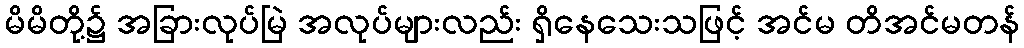
မိမိတို့၌ အခြားလုပ်မြဲ အလုပ်များလည်း ရှိနေသေးသဖြင့် အင်မ တိအင်မတန်